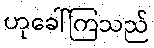
ဟုခေါ်ကြသည်